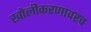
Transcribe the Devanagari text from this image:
खोलीकरणावरच